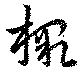
檄